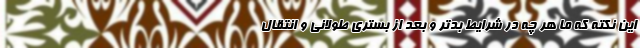
این نکته که ما هر چه در شرایط بدتر و بعد از بستری طولانی و انتقال